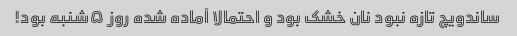
ساندویچ تازه نبود نان خشک بود و احتمالا آماده شده روز ۵شنبه بود!